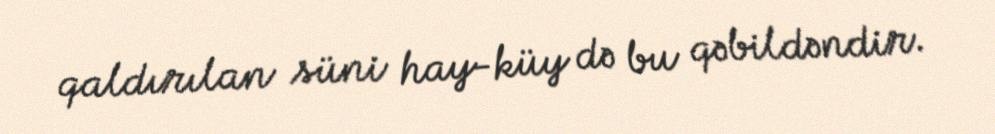
qaldırılan süni hay-küy də bu qəbildəndir.